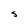
Character: S